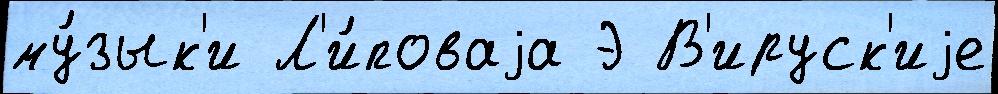
му́зык'и Л'и́поваjа Э В'ируск'иjе